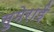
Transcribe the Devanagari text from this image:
सुमेराई